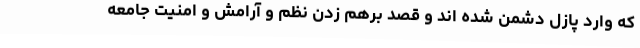
که وارد پازل دشمن شده اند و قصد برهم زدن نظم و آرامش و امنیت جامعه